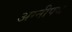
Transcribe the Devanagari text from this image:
अग्नीपथ